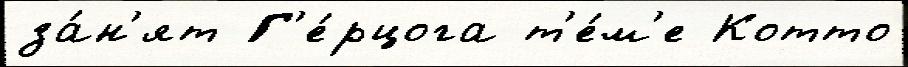
за́н'ят Г'е́рцога т'е́м'е Котто